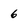
Character: 6